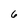
Character: 6